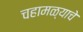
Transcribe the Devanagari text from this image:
चहामळ्याचे